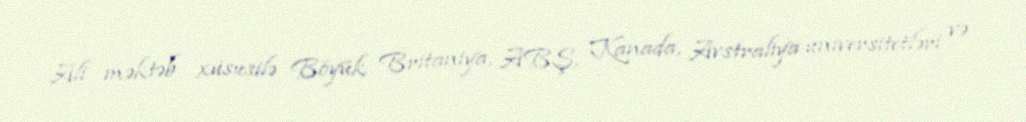
Ali məktəb xüsusilə Böyük Britaniya, ABŞ, Kanada, Avstraliya universitetləri və